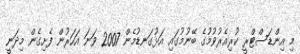
މި އިންޑަސްޓްރީ ކުރިއެރުވުމުގެ ބޭނުމުގައި އަޅުގަނޑުމެން 2007 ވަނަ އަހަރުން ފެށިގެން މިދަނީ